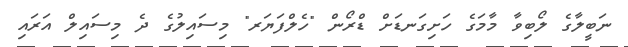
ނަބީލާގެ ލޯބިވާ މާމަގެ ހަށިގަނޑަށް ޑްރޯން "ހެލްފަޔަރ" މިސައިލުގެ ދެ މިސައިލް އަރައި